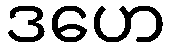
ဒဟေ